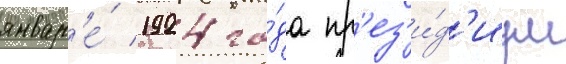
январ'е́ 1924 го́да пр'ез'и́д'иум